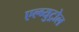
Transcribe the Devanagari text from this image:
एल्ब्युट्रोल